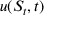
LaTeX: u ( S _ { t } , t )